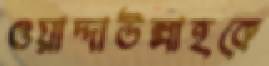
ওয়াদ্দাউল্লাহকে